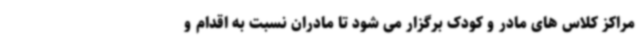
مراکز کلاس های مادر و کودک برگزار می شود تا مادران نسبت به اقدام و